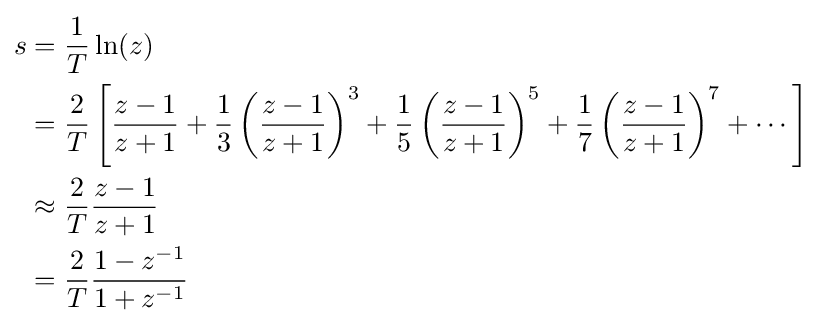
{\begin{aligned}s&={\frac {1}{T}}\ln(z)\\&={\frac {2}{T}}\left[{\frac {z-1}{z+1}}+{\frac {1}{3}}\left({\frac {z-1}{z+1}}\right)^{3}+{\frac {1}{5}}\left({\frac {z-1}{z+1}}\right)^{5}+{\frac {1}{7}}\left({\frac {z-1}{z+1}}\right)^{7}+\cdots \right]\\&\approx {\frac {2}{T}}{\frac {z-1}{z+1}}\\&={\frac {2}{T}}{\frac {1-z^{-1}}{1+z^{-1}}}\end{aligned}}